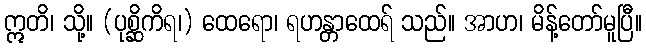
ဣတိ၊ သို့။ (ပုစ္ဆိကိရ၊) ထေရော၊ ရဟန္တာထေရ် သည်။ အာဟ၊ မိန့်တော်မူပြီ။